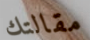
مقالتك